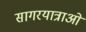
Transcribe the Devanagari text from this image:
सागरयात्राओं